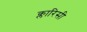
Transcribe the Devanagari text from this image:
क्लारिसी